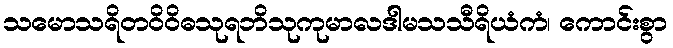
သမောသရိတဝိဝိဓသုရဘိသုကုမာလဒါမသသီရိယံကံ၊ ကောင်းစွာ